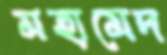
মহামেদ